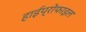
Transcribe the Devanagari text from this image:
हाईप्रोफाइल